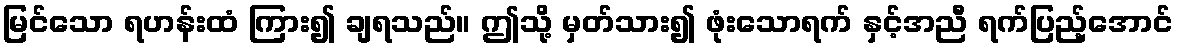
မြင်သော ရဟန်းထံ ကြား၍ ချရသည်။ ဤသို့ မှတ်သား၍ ဖုံးသောရက် နှင့်အညီ ရက်ပြည့်အောင်